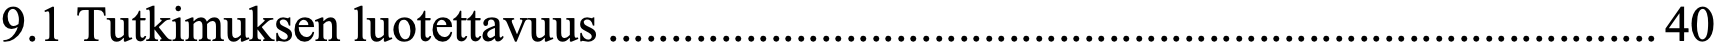
9.1 Tutkimuksen luotettavuus .................................................................................... 40